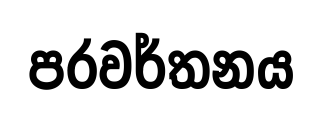
පරවර්තනය